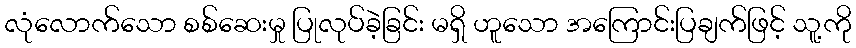
လုံလောက်သော စစ်ဆေးမှု ပြုလုပ်ခဲ့ခြင်း မရှိ ဟူသော အကြောင်းပြချက်ဖြင့် သူ့ကို